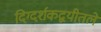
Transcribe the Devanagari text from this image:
दिग्दर्शकद्वयीतले